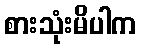
စားသုံးမိပါက